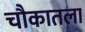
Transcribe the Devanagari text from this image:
चौकातला